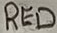
Text: RED